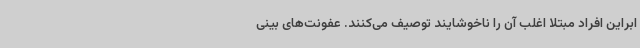
ابراین افراد مبتلا اغلب آن را ناخوشایند توصیف می‌کنند. عفونت‌های بینی